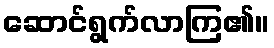
ဆောင်ရွက်လာကြ၏။